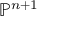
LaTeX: \mathbb { P } ^ { n + 1 }